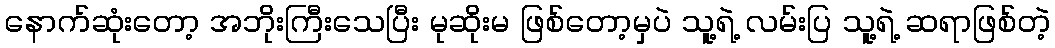
နောက်ဆုံးတော့ အဘိုးကြီးသေပြီး မုဆိုးမ ဖြစ်တော့မှပဲ သူ့ရဲ့ လမ်းပြ သူ့ရဲ့ ဆရာဖြစ်တဲ့